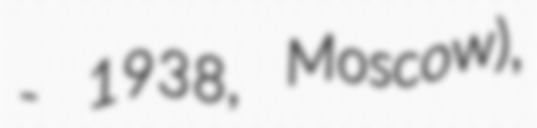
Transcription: - 1938, Moscow),